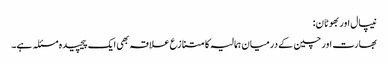
نیپال اور بھوٹان:
بھارت اور چین کے درمیان ہمالیہ کا متنازع علاقہ بھی ایک پیچیدہ مسئلہ ہے۔